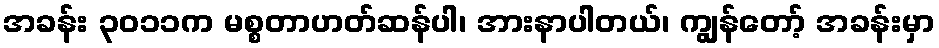
အခန်း ၃၀၁၁က မစ္စတာဟတ်ဆန်ပါ၊ အားနာပါတယ်၊ ကျွန်တော့် အခန်းမှာ